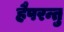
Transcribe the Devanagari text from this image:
हैपरन्तु